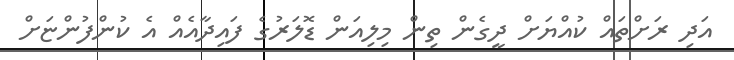
އަދި ރަށްތައް ކުއްޔަށް ދީގެން ތިން މިލިއަން ޑޮލަރުގެ ފައިދާއެއް އެ ކުންފުންޏަށް